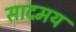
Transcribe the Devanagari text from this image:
सादमय